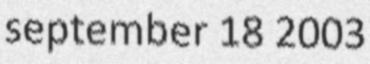
september 18 2003